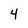
Character: 4